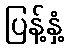
ပြန့်နှံ့